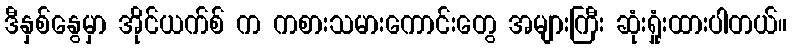
ဒီနှစ်နွေမှာ အိုင်ယက်စ် က ကစားသမားကောင်းတွေ အများကြီး ဆုံးရှုံးထားပါတယ်။